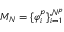
M _ { N } = \{ \varphi _ { i } ^ { p } \} _ { i = 1 } ^ { \mathcal { N } ^ { p } }